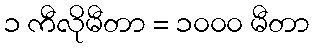
၁ ကီလိုမီတာ = ၁၀၀၀ မီတာ